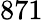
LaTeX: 871